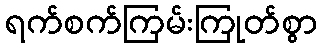
ရက်စက်ကြမ်းကြုတ်စွာ